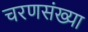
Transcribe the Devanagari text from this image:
चरणसंख्या